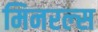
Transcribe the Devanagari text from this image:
मिनरल्‍स